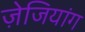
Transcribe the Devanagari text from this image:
ज़ेजियांग